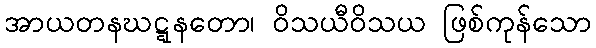
အာယတနဃဋ္ဋနတော၊ ဝိသယီဝိသယ ဖြစ်ကုန်သော